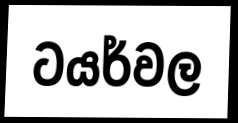
ටයර්වල